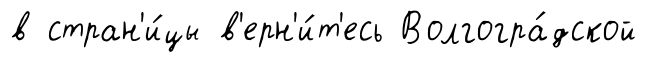
в стран'и́цы в'ерн'и́т'есь Волгогра́дской